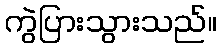
ကွဲပြားသွားသည်။